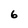
Character: 6